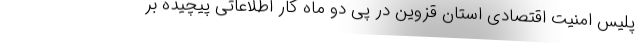
پلیس امنیت اقتصادی استان قزوین در پی دو ماه کار اطلاعاتی پیچیده بر